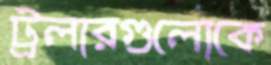
ট্রলারগুলোকে